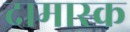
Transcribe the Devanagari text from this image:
दामास्क